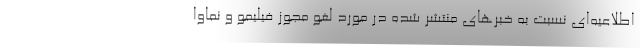
اطلاعیه‌ای نسبت به خبرهای منتشر شده در مورد لغو مجوز فیلیمو و نماوا